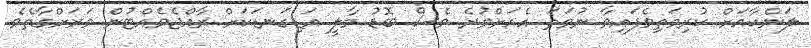
ލަންކާއަށް ކުރިމަތިވެފައިވާ ނުވަތަ އެއަށްވުރެ ވެސް ބޮޑު މާލީ އަޑިގަނޑަކަށް ރާއްޖެވެއްޓުން ވަރަށްގާތެވެ.